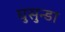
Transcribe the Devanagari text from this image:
घुसुन्डा